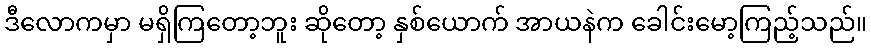
ဒီလောကမှာ မရှိကြတော့ဘူး ဆိုတော့ နှစ်ယောက် အာယနဲက ခေါင်းမော့ကြည့်သည်။